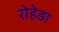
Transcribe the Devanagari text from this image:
रोहेड़ा